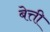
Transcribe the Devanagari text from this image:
बेत्ती